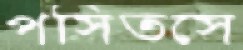
পসিতসে